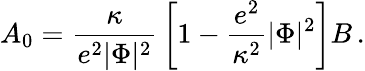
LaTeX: A_{0}={\frac{\kappa}{e^{2}|\Phi|^{2}}}\left[1-{\frac{e^{2}}{\kappa^{2}}}|\Phi|^{2}\right]B\, .